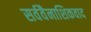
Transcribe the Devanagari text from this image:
सर्ववैनाशिकवाद